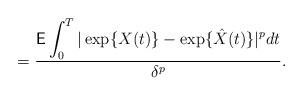
LaTeX: \begin{align*}= \frac{\displaystyle \mathsf{E}\int_{0}^{T} |\exp\{X(t)\} - \exp\{\hat X(t)\} |^p dt} {\delta^p}. \end{align*}